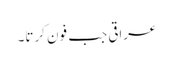
عراقی جب فون کرتا۔